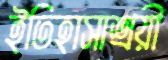
ইতিহাসাশ্রয়ী